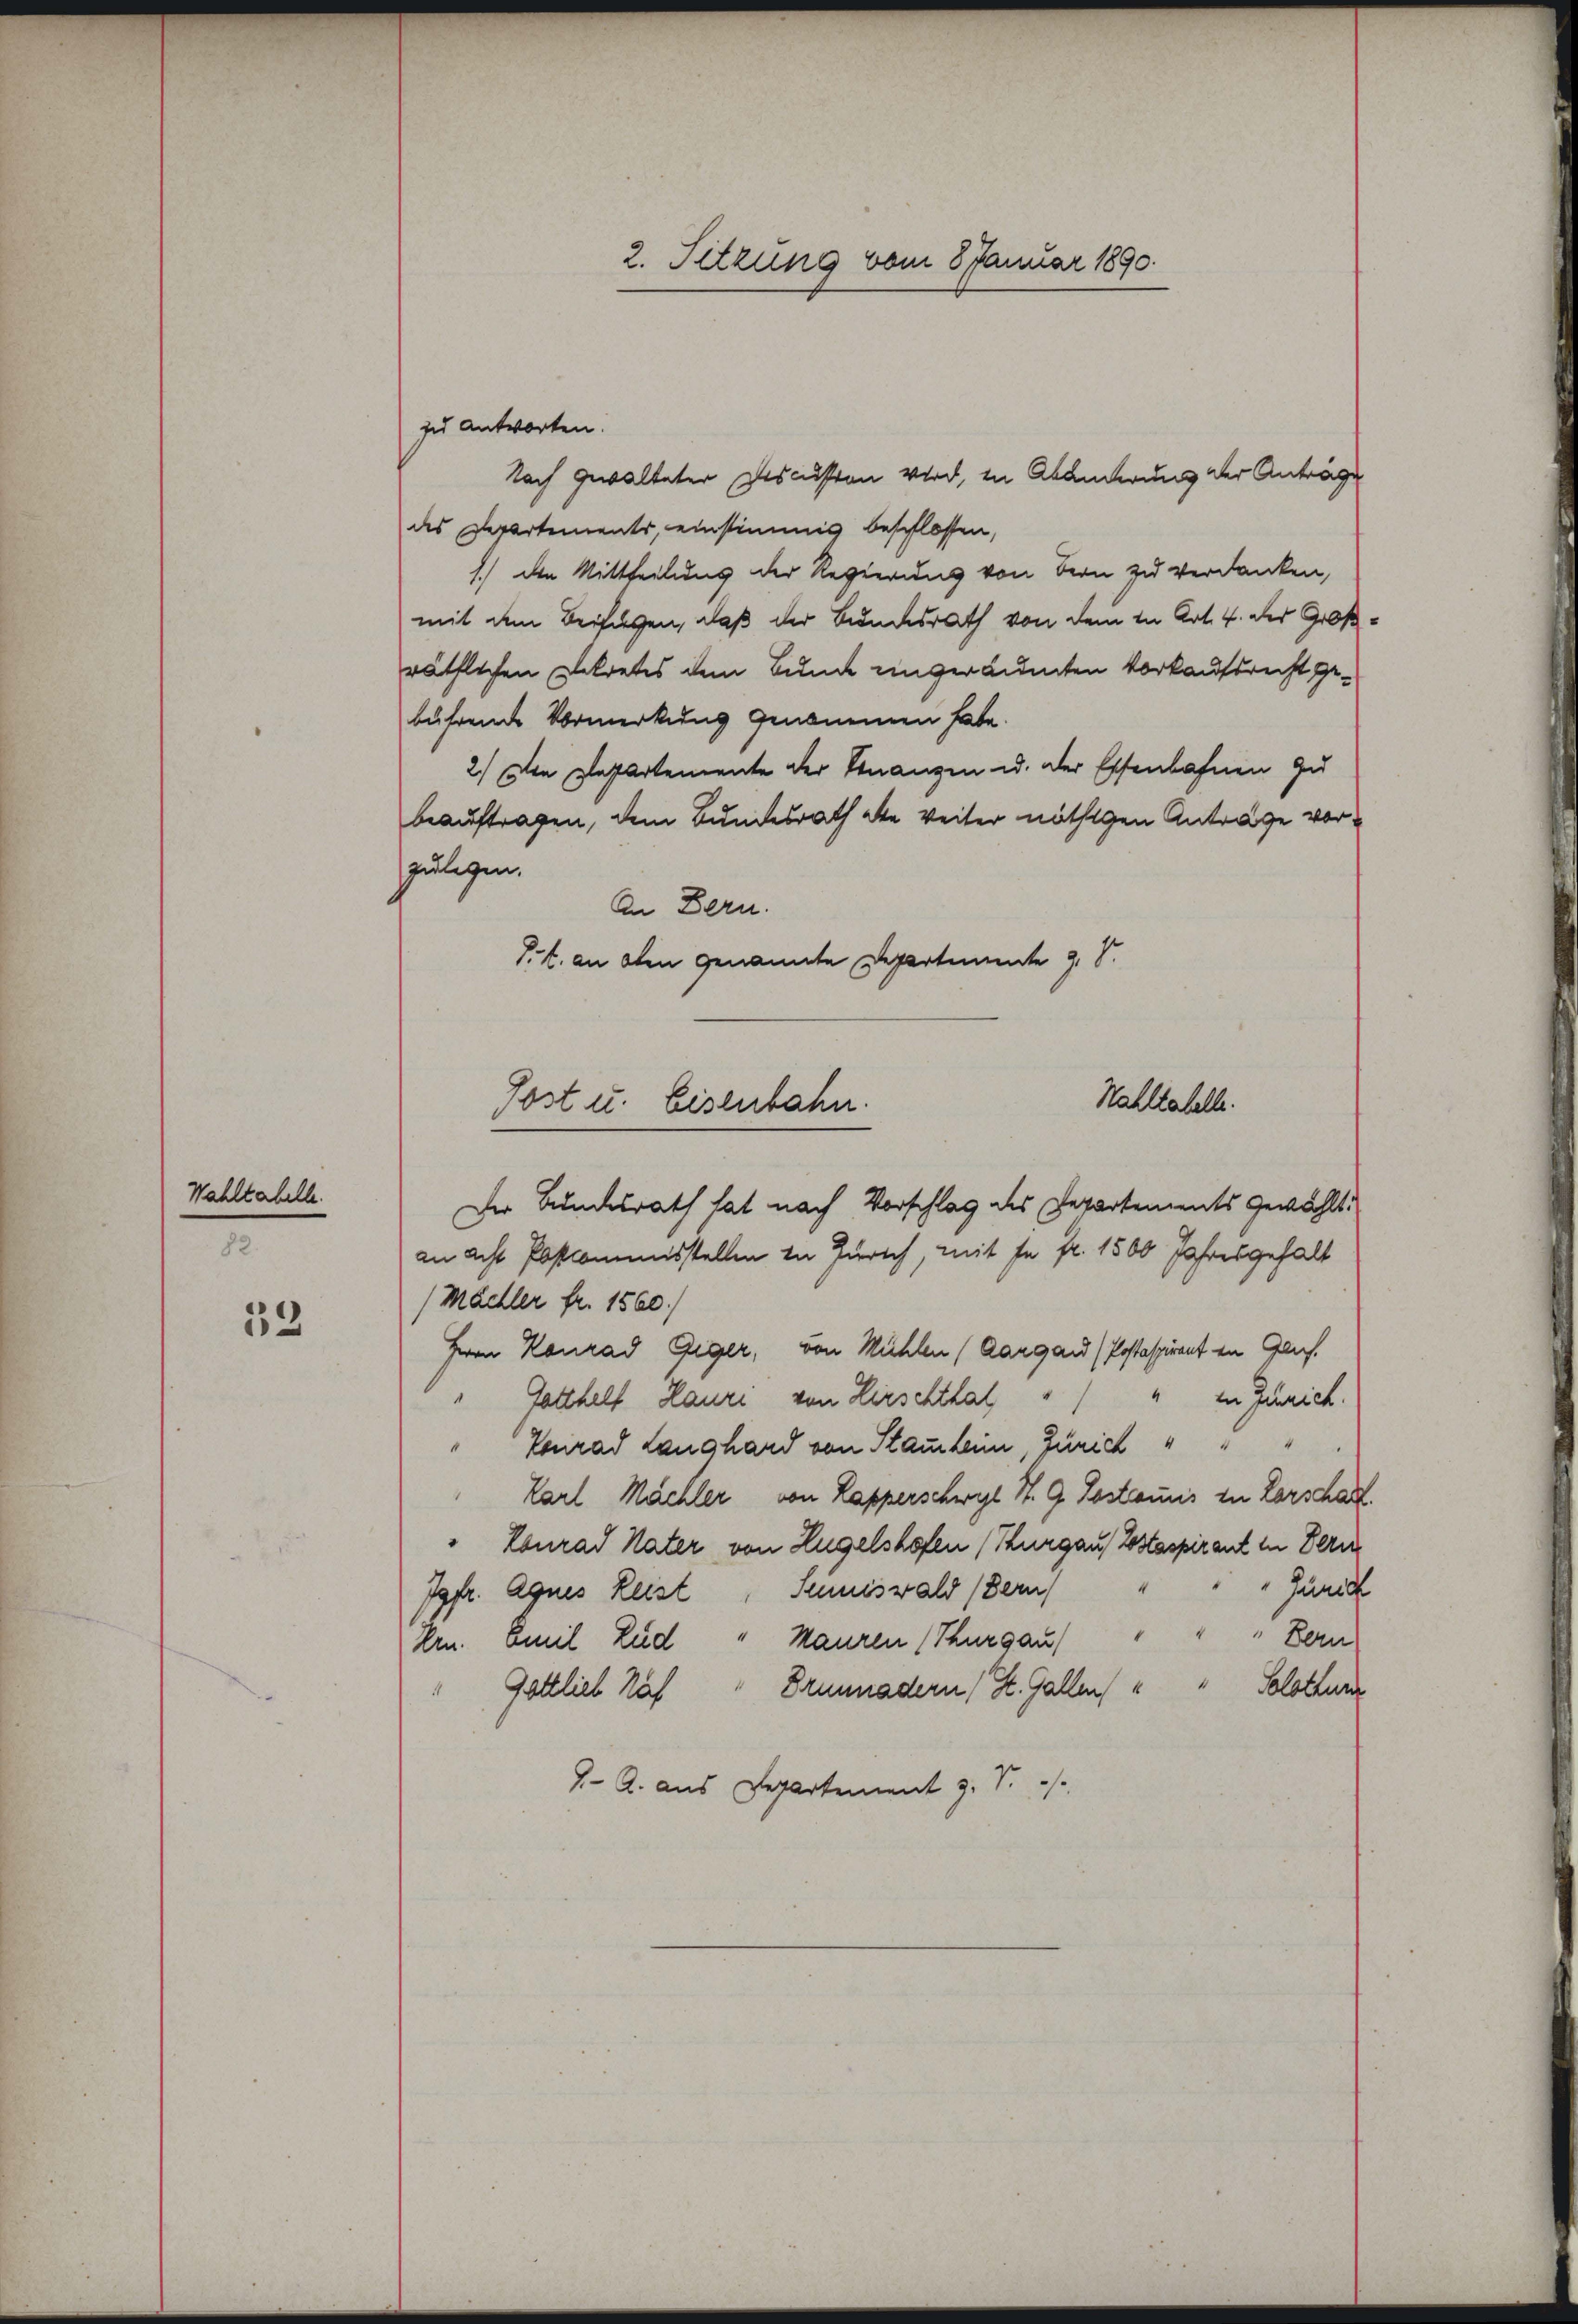
Wahltabelle.

82.

33

2. Sitzung vom 8 Januar 1890.

zu antworten.
Nach gewalteter Descuston wird, in Abänderung der Anträge
des Departements, einstimmig beschlossen,
1.) Den Mittheilung der Regierung von Bern zu verdanken,
mit dem Beifügen, daß der Bundesrath von dem in Art. 4. der Großräthlichen Betretes dem Bunde ungeräumten Vorkaufsrecht gebührende Vormerkung genommen habe.
2.) Von Departemente der Finanzen u. der Essenbahnen zu
beauftragen, dem Bundesrath die weiter nöthigen Antrage vorzulegen.
An Bern.
J.. an oben genannte Departimente 3, S.
Wahltatelle.
Post u. Eisenbahn.

Der Bundesrath hat nach Vorschlag des Departements gewählt.
an acht Postkommisstellen in Zürich, mit se fr. 1500 Jahresgehalt
(Mädler fr. 1560.
Herrn Konrad Giger, von Mühlen (Aargau (Postaspirant in Glus.
Gotthelf Haure, von Hirschthal " " in Zürich.
Conrad Langhard von Stammheim, Zürich " "
Karl Mächler, von Lapperschwyl N. 9. Lostraunis zu Lorschaff
Conrad Vater von Hugelshofen (Thurgau, Testaspirant in Bern
Funct
Jgfr. Agnes Leist, Senniswald (Bern
" " Bern
Ern. Emil Lud " Mauren (Thurgau)
Gottlieb Näf " Brunnadern (St. Gallen, " " Solothur
7- A. aus Departement z. B.